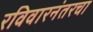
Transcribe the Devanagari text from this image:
रविवारनंतरचा